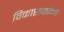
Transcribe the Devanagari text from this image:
विकासकांना